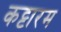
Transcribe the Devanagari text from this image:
कट्टारम